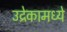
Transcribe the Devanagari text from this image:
उद्रेकामध्ये